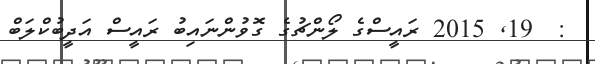
:  19